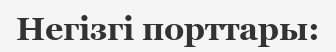
Негізгі порттары: